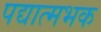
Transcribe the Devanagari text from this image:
पद्यात्मभक